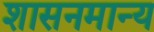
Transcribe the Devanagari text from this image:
शासनमान्‍य